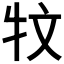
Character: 𱭩